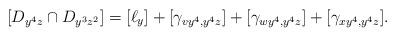
LaTeX: \begin{align*} [D_{y^4z}\cap D_{y^3z^2}] = [\ell_y] + [\gamma_{vy^4,y^4z}]+ [\gamma_{wy^4,y^4z}]+ [\gamma_{xy^4,y^4z}].\end{align*}